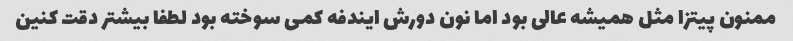
ممنون پیتزا مثل همیشه عالی بود اما نون دورش ایندفه کمی سوخته بود لطفا بیشتر دقت کنین